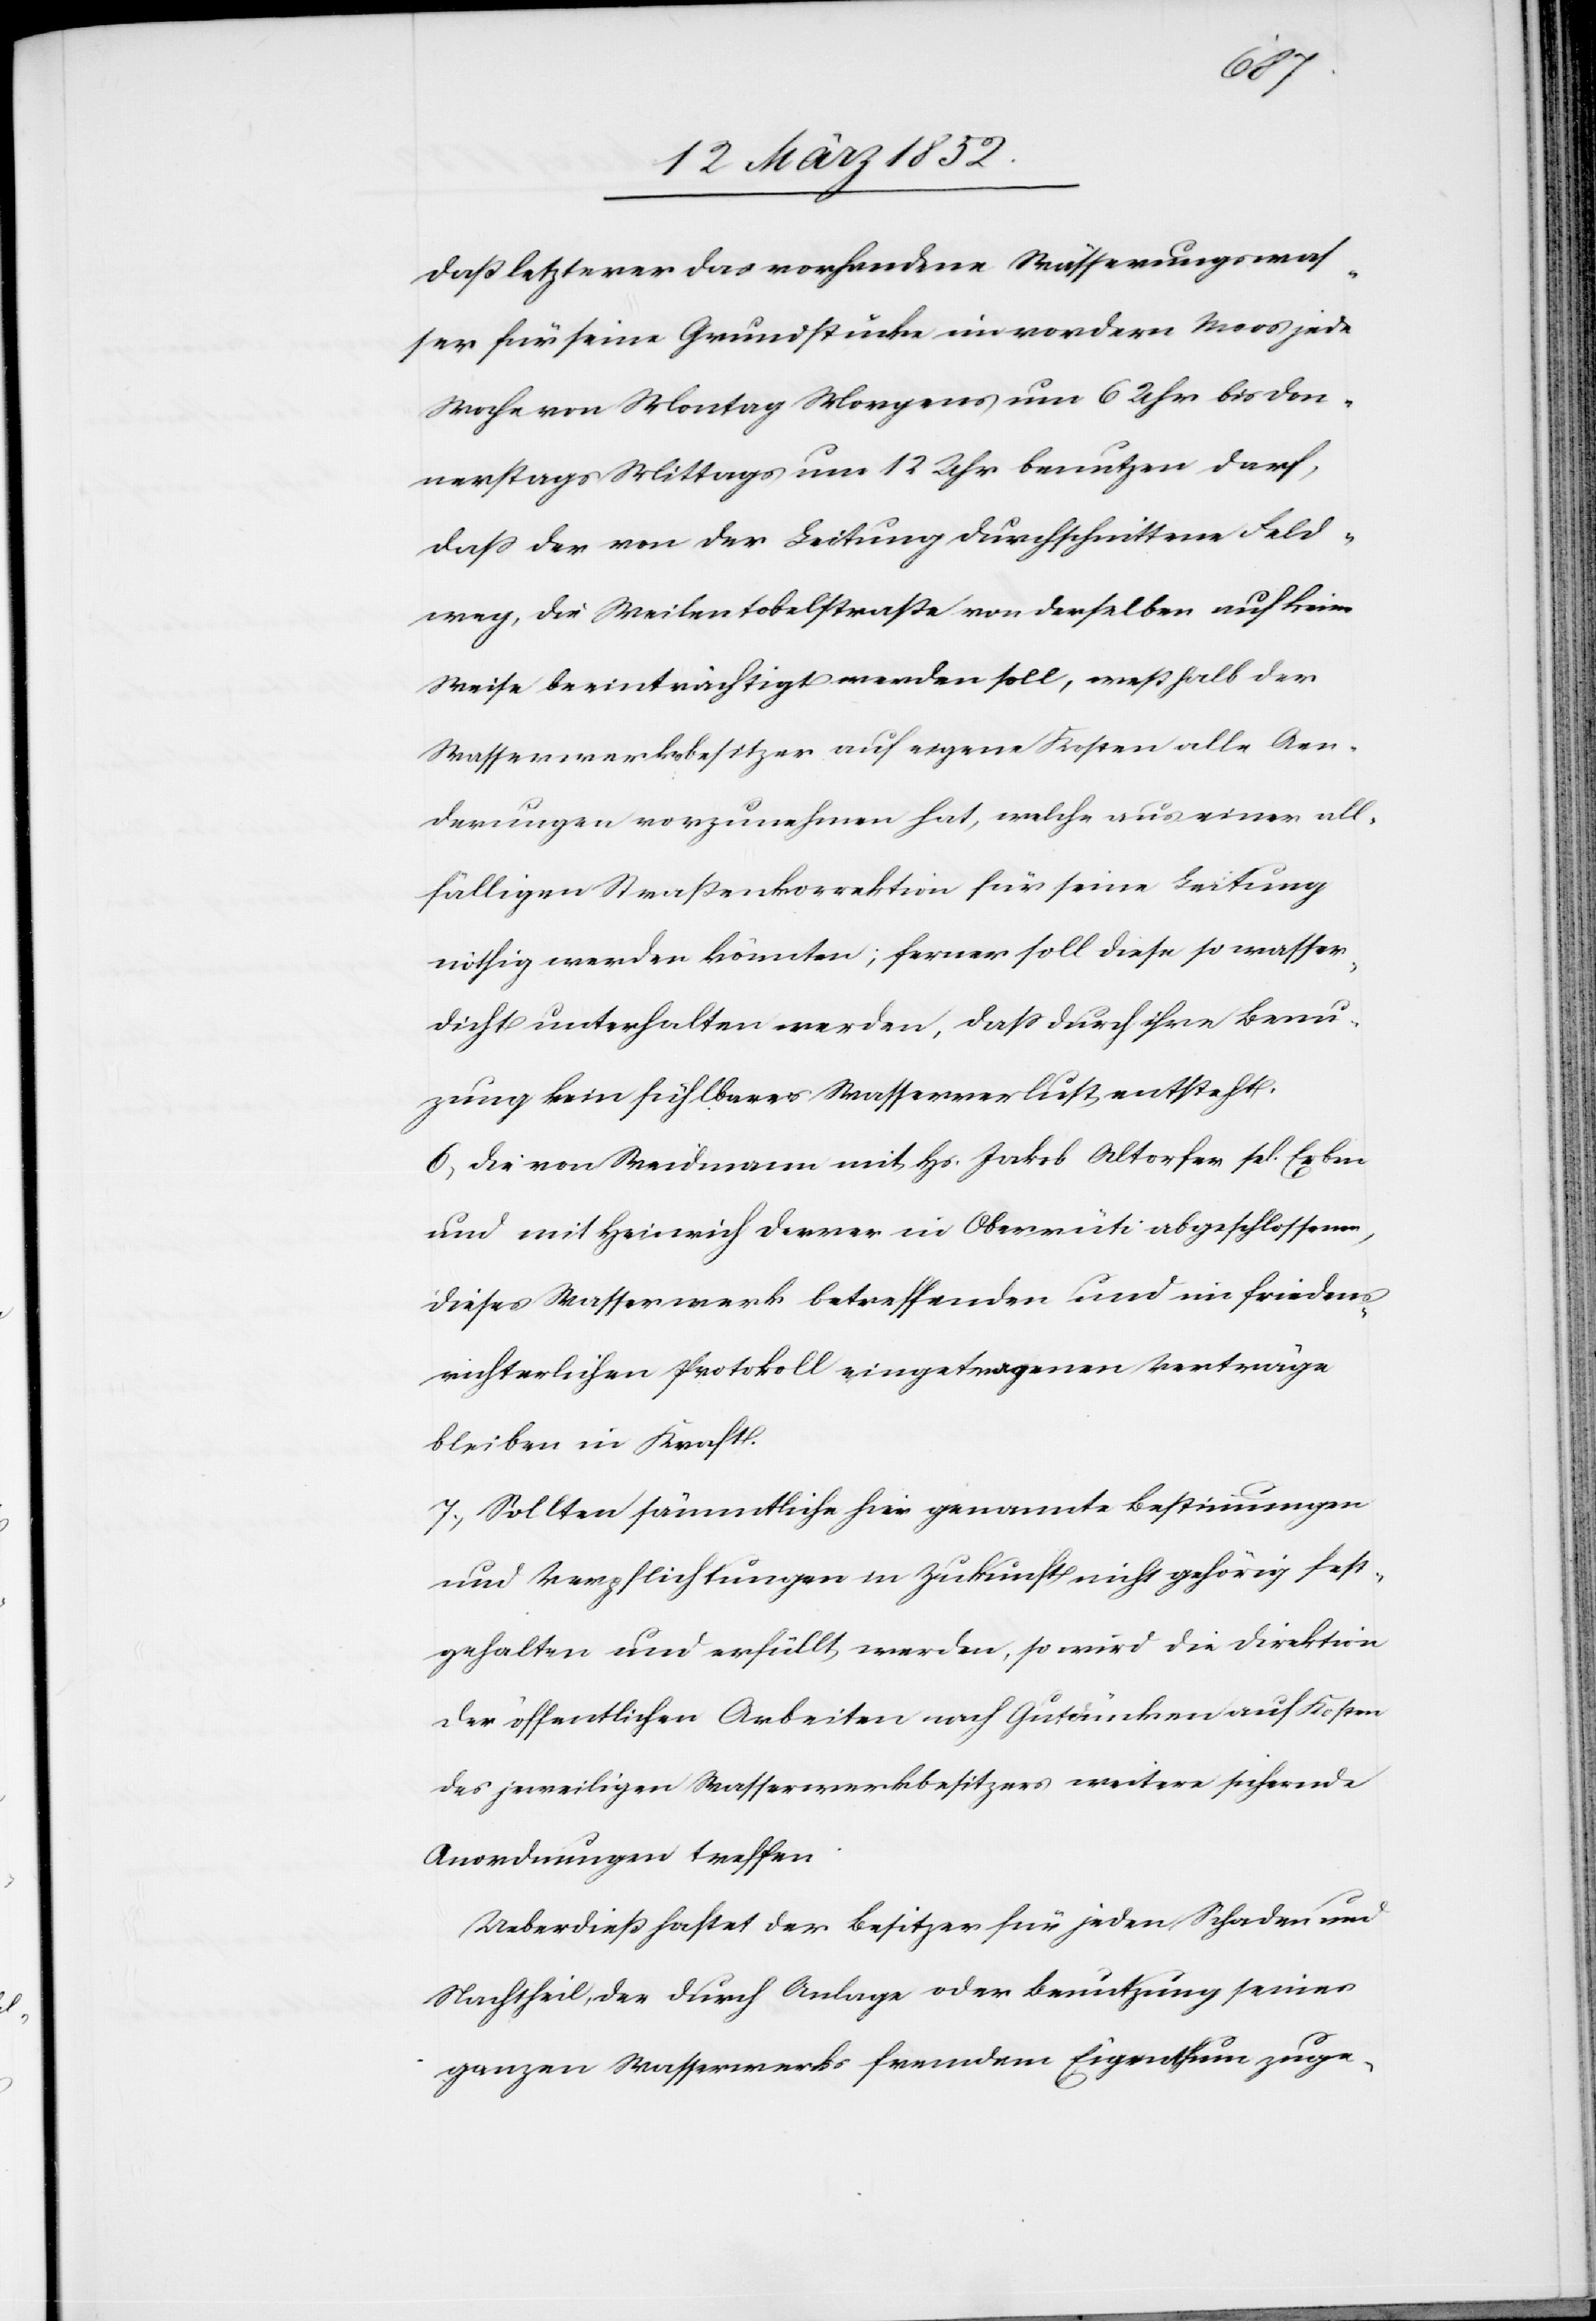
daß letzterer das vorhandene Wässerungswas¬
ser für seine Grundstücke im vordern Moos jede
Woche von Montag Morgens um 6 Uhr bis Don¬
nerstags Mittags um 12 Uhr benutzen darf,
daß der von der Leitung durchschnittene Feld¬
weg, die Weilentobelstraße von derselben auf keine
Weise beeinträchtigt werden soll, weßhalb der
Wasserwerksbesitzer auf eigene Kosten alle Aen¬
derungen vorzunehmen hat, welche aus einer all¬
fälligen Straßenkorrektion für seine Leitung
nöthig werden könnten; ferner soll diese so wasser¬
dicht unterhalten werden, daß durch ihre Benu¬
zung kein fühlbarer Wasserverlust entsteht.
6) Die von Weidmann mit Hs. Jakob Altorfer sel. Erben
und mit Heinrich Derrer in Oberrüti abgeschlossenen,
dieses Wasserwerk betreffenden und im friedens¬
richterlichen Protokoll eingetragenen Verträge
bleiben in Kraft.
7.) Sollten sämmtliche hier genannte Bestimmungen
und Verpflichtungen in Zukunft nicht gehörig fest¬
gehalten und erfüllt werden, so wird die Direktion
der öffentlichen Arbeiten nach Gutdünken auf Kosten
des jeweiligen Wasserwerkbesitzers weitere sichernde
Anordnungen treffen.
Ueberdieß haftet der Besitzer für jeden Schaden und
Nachtheil, der durch Anlage oder Benutzung seines
ganzen Wasserwerks fremdem Eigenthum zuge-